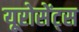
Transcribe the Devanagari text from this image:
यूरोसेंट्स